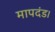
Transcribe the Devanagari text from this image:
मापदंड।